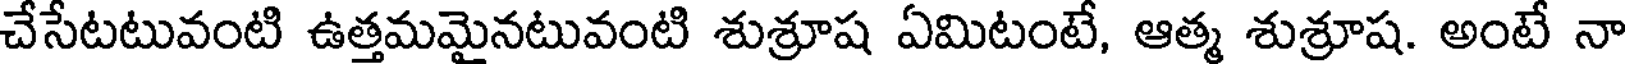
చేసేటటువంటి ఉత్తమమైనటువంటి శుశ్రూష ఏమిటంటే, ఆత్మ శుశ్రూష. అంటే నా